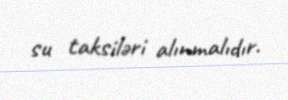
su taksiləri alınmalıdır.